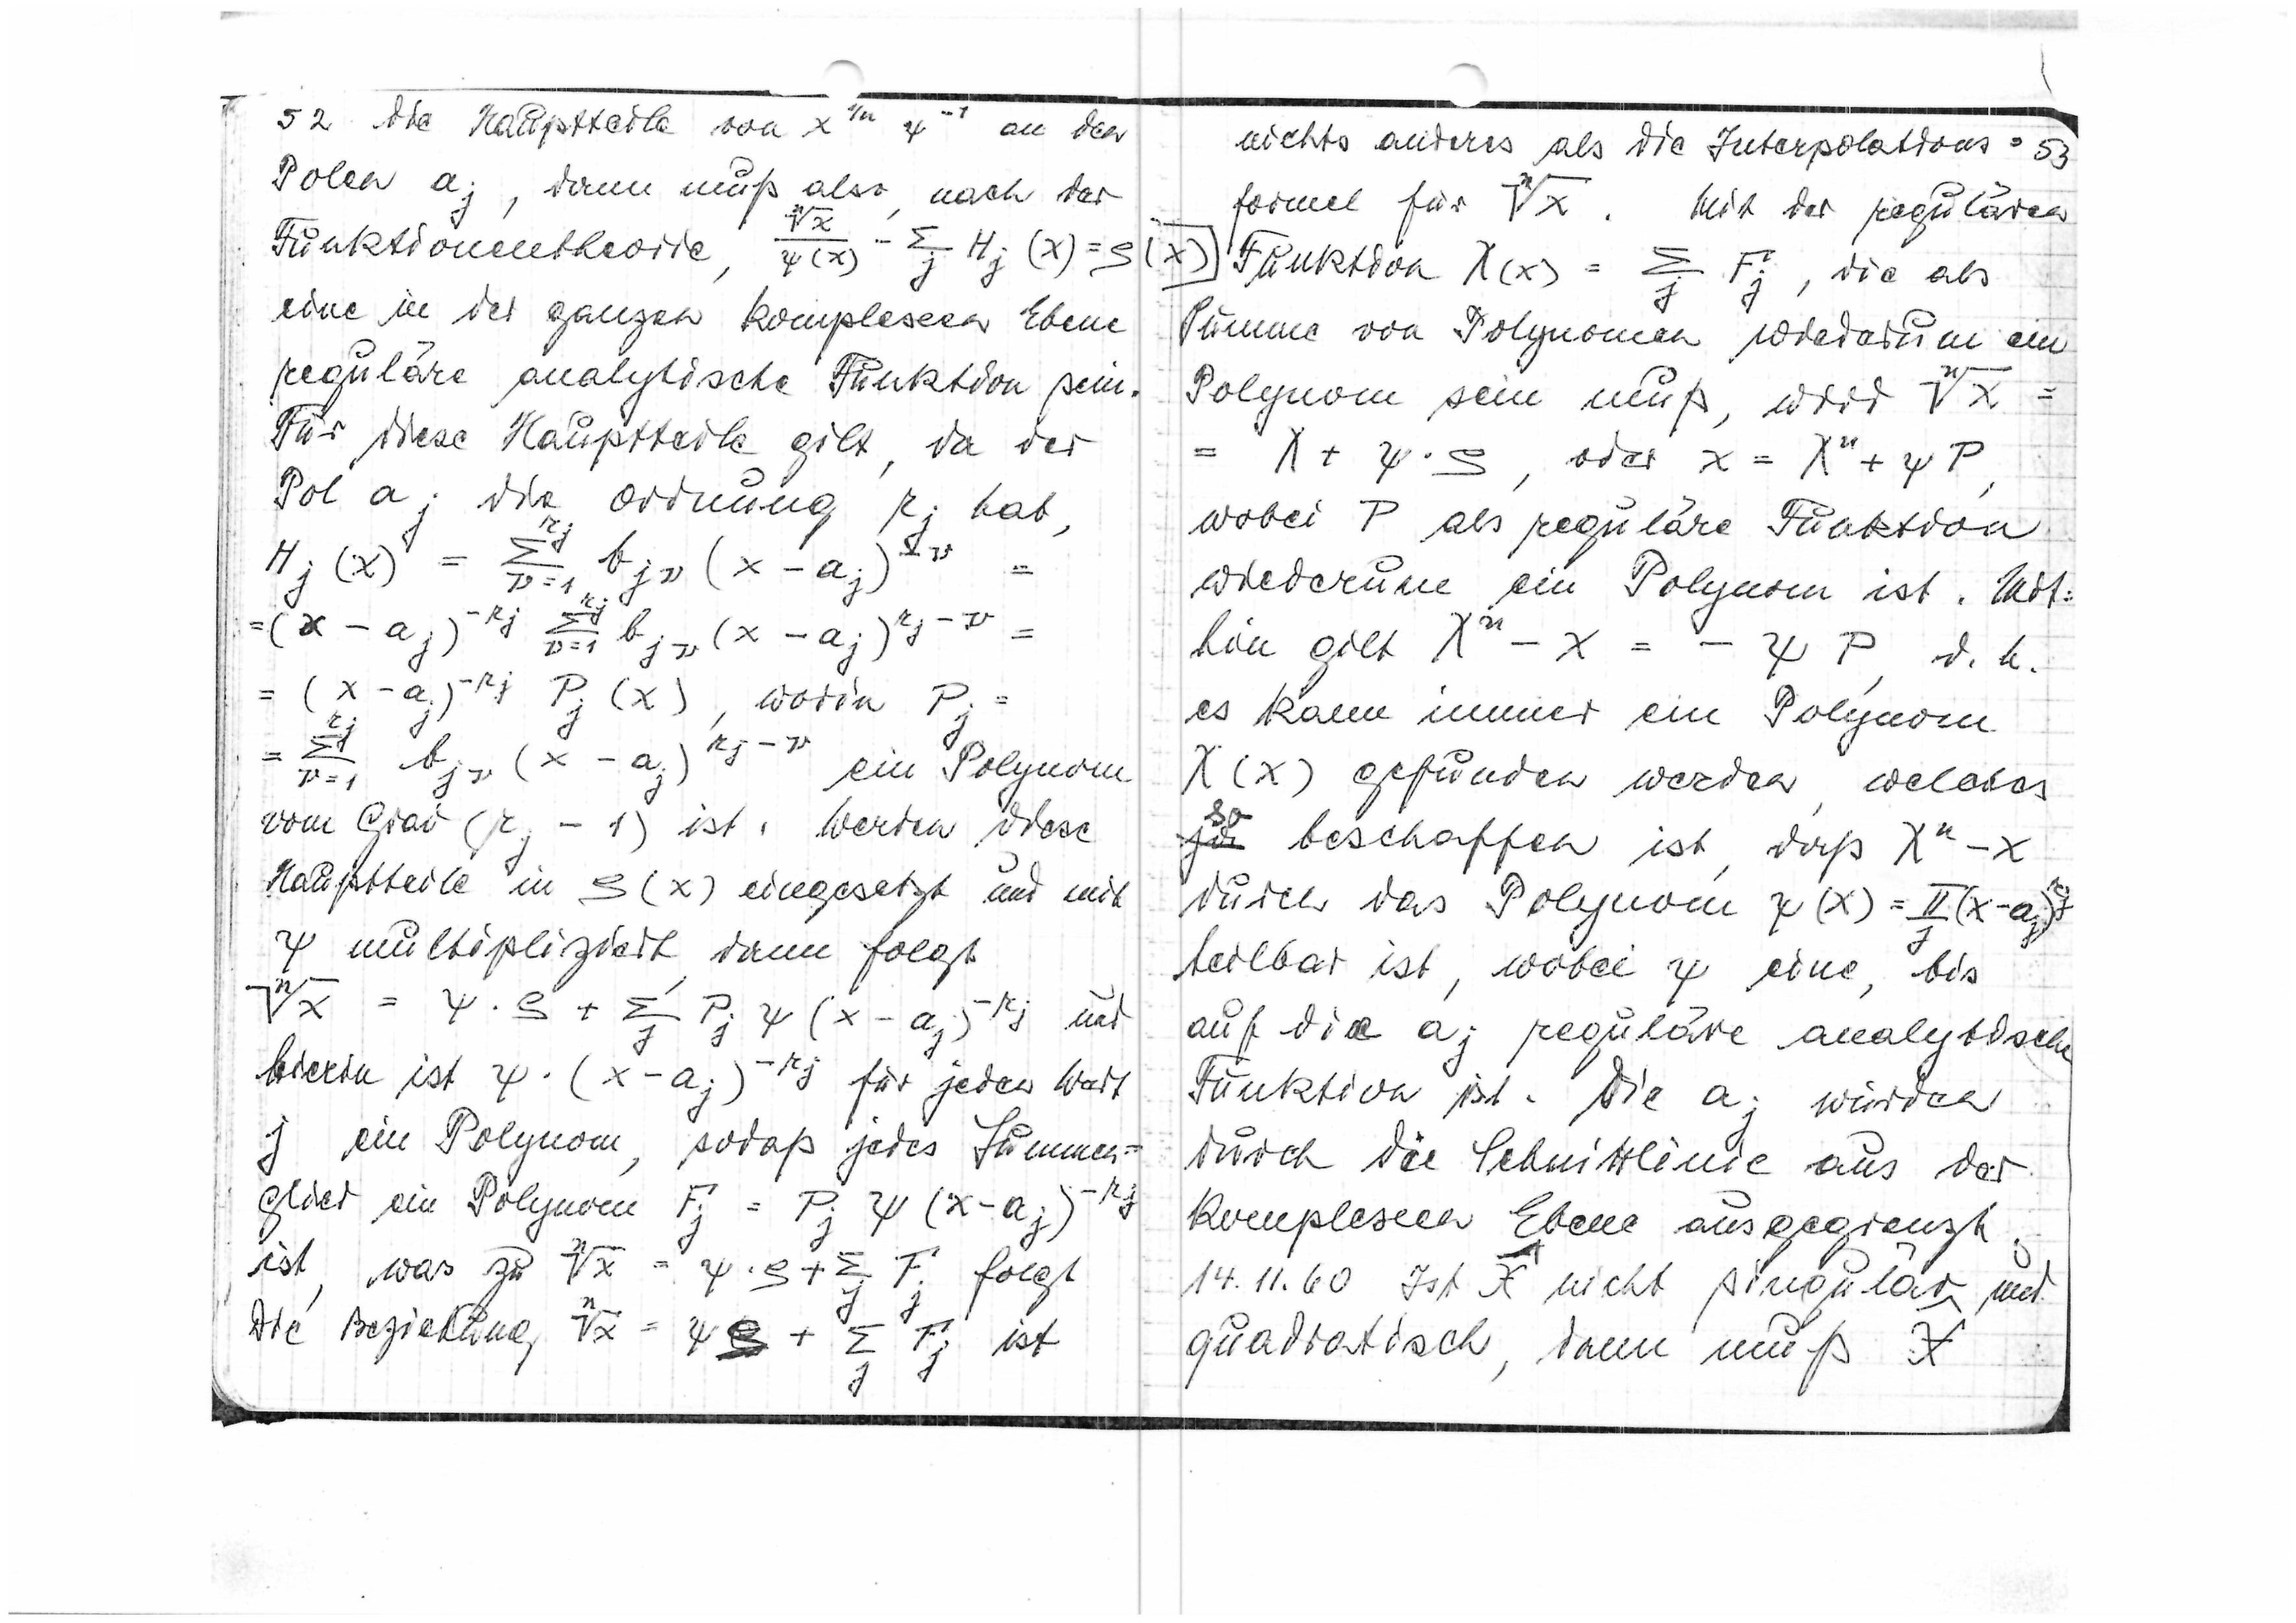
52
die Hauptteile von

an den
Polen aj, dann muß also, nach der

Funktionentheorie

eine in der ganzen komplexen Ebene
reguläre analytische Funktion sein.
Für diese Hauptteile gilt, da der
Pol aj die Ordnung rj hat,

worin Pj

ein Polynom
vom Grad (rj-1) ist. Werden diese
Hauptteile in ρ(x) eingesetzt und mit
ψ multipliziert, dann folgt

und
hierin ist

für jeden Wert
j
ein Polynom, sodas jedes Summen
glied ein Polynom

ist, was zu

folgt.
Die Beziehung

ist

nichts anderes als die Interpolations=
53
formel für

Mit der regulären
(x)
Funktion

die als
Summe von Polynomen wiederum ein
Polynom sein muß, wird

wobei P als reguläre Funktion
wiederum ein Polynom ist. Mit=
hin gilt

d,h,
es kann immer ein Polynom
χ(x) gefunden werden, welches
so
beschaffen ist, daß

durch das Polynom

teilbar ist, wobei ψ eine, bis
auf die aj reguläre analytische
Funktion ist. Die aj würden
durch die Schnittlinie aus der
komplexen Ebene ausgegrenzt.
14.11.60. Ist

nicht singulär und
quadratisch, dann muß